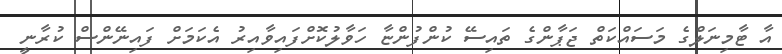
އާ ޓާމިނަލްގެ މަސައްކަތް ޖަޕާންގެ ތައިސޭ ކުންފުންޏާ ހަވާލުކޮށްފައިވާއިރު އެކަމަށް ފައިނޭންސް ކުރާނީ